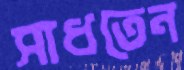
সাধতেন